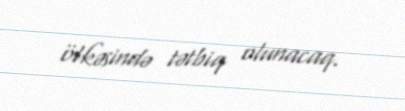
ölkəsində tətbiq olunacaq.